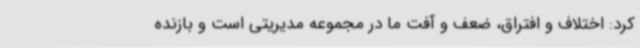
کرد: اختلاف و افتراق، ضعف و آفت ما در مجموعه مدیریتی است و بازنده